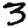
Digit: 3